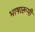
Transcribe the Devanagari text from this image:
भाषारूपी